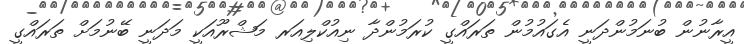
އީރާނުން ބުނަމުންދަނީ އެގައުމުން ތަރައްގީ ކުރަމުންދާ ނިއުކްލިއަރ މަޝްރޫއަކީ މަދަނީ ބޭނުމަށް ތަރައްގީ